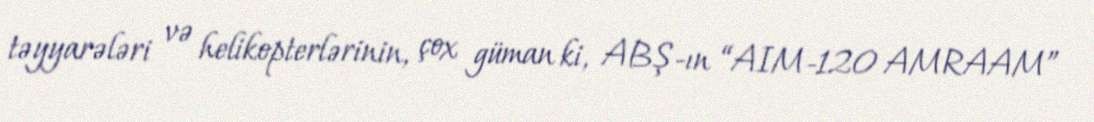
təyyarələri və helikopterlərinin, çox güman ki, ABŞ-ın “AIM-120 AMRAAM”